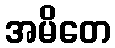
အမိတေ